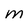
Character: m